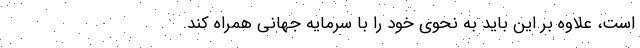
است، علاوه بر این باید به ‌نحوی خود را با سرمایه جهانی همراه کند.